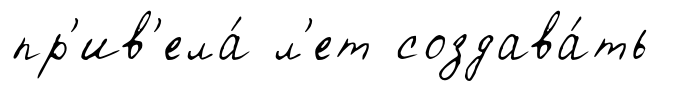
пр'ив'ела́ л'ет создава́ть